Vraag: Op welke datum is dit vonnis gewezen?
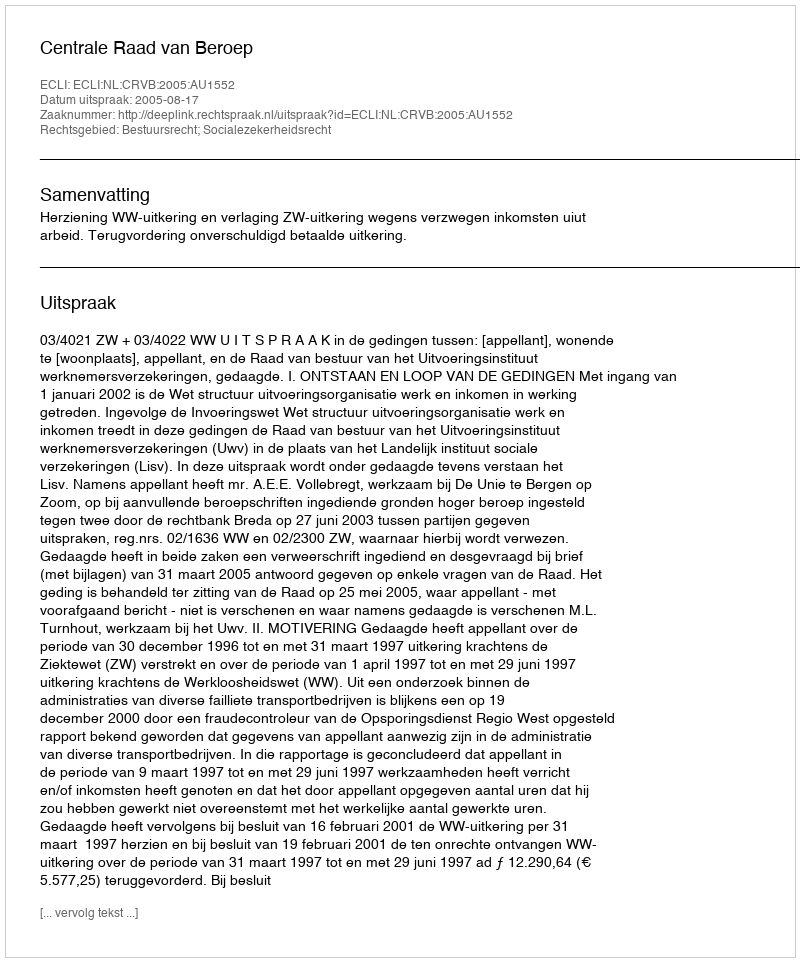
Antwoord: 2005-08-17